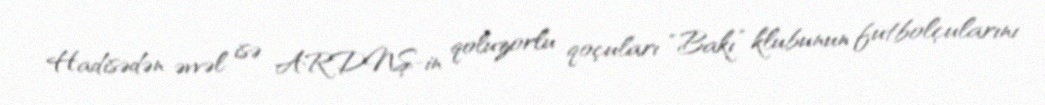
Hadisədən əvvəl isə ARDNŞ-in qoluzorlu qoçuları “Bakı” klubunun futbolçularını